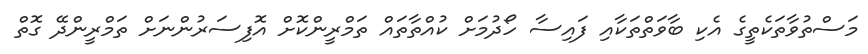
މަސްތުވާތަކެތީގެ އެކި ބާވަތްތަކާއި ފައިސާ ހޯދުމަށް ކުއްތާތައް ތަމްރީންކޮށް އޮފިސަރުންނަށް ތަމްރީންދޭ ގޮތް